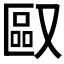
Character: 𪠯